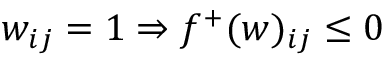
w _ { i j } = 1 \Rightarrow f ^ { + } ( w ) _ { i j } \leq 0